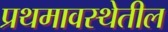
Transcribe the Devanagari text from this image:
प्रथमावस्थेतील